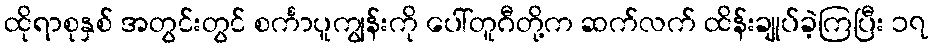
ထိုရာစုနှစ် အတွင်းတွင် စင်္ကာပူကျွန်းကို ပေါ်တူဂီတို့က ဆက်လက် ထိန်းချုပ်ခဲ့ကြပြီး ၁၇